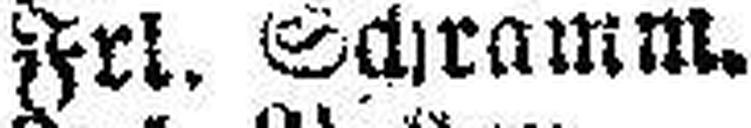
Frl. Schramm.